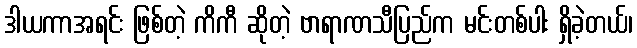
ဒါယကာအရင်း ဖြစ်တဲ့ ကိကီ ဆိုတဲ့ ဗာရာဏသီပြည်က မင်းတစ်ပါး ရှိခဲ့တယ်၊